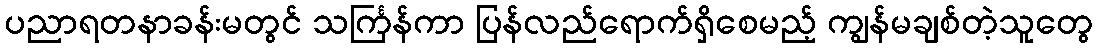
ပညာရတနာခန်းမတွင် သင်္ကြန်ကာ ပြန်လည်ရောက်ရှိစေမည့် ကျွန်မချစ်တဲ့သူတွေ